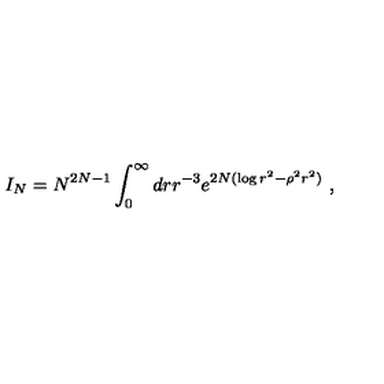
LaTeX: I _ { N } = N ^ { 2 N - 1 } \int _ { 0 } ^ { \infty } d r r ^ { - 3 } e ^ { 2 N ( \log r ^ { 2 } - \rho ^ { 2 } r ^ { 2 } ) } \ ,